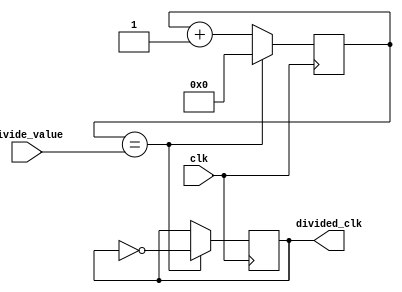
module programmable_clock_divider (
    input wire clk,
    input wire [7:0] divide_value,
    output wire divided_clk
);

reg [7:0] counter;
reg divided_clk_reg;

always @ (posedge clk) begin
    if (counter == divide_value) begin
        counter <= 0;
        divided_clk_reg <= ~divided_clk_reg;
    end else begin
        counter <= counter + 1;
    end
end

assign divided_clk = divided_clk_reg;

endmodule